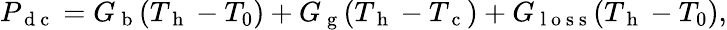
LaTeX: P_{\mathrm{~d~c~}}=G_{\mathrm{~b~}}(T_{\mathrm{~h~}}-T_{0})+G_{\mathrm{~g~}}(T_{\mathrm{~h~}}-T_{\mathrm{~c~}})+G_{\mathrm{~l~o~s~s~}}(T_{\mathrm{~h~}}-T_{0}){,}